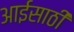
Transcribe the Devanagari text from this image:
आईसाठी